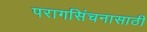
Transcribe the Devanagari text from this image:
परागसिंचनासाठी